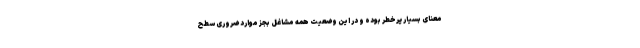
معنای بسیار پرخطر بوده و در این وضعیت همه مشاغل بجز موارد ضروری سطح